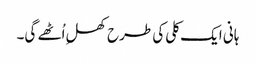
ہانی ایک کلی کی طرح کھلِ اُٹھے گی۔